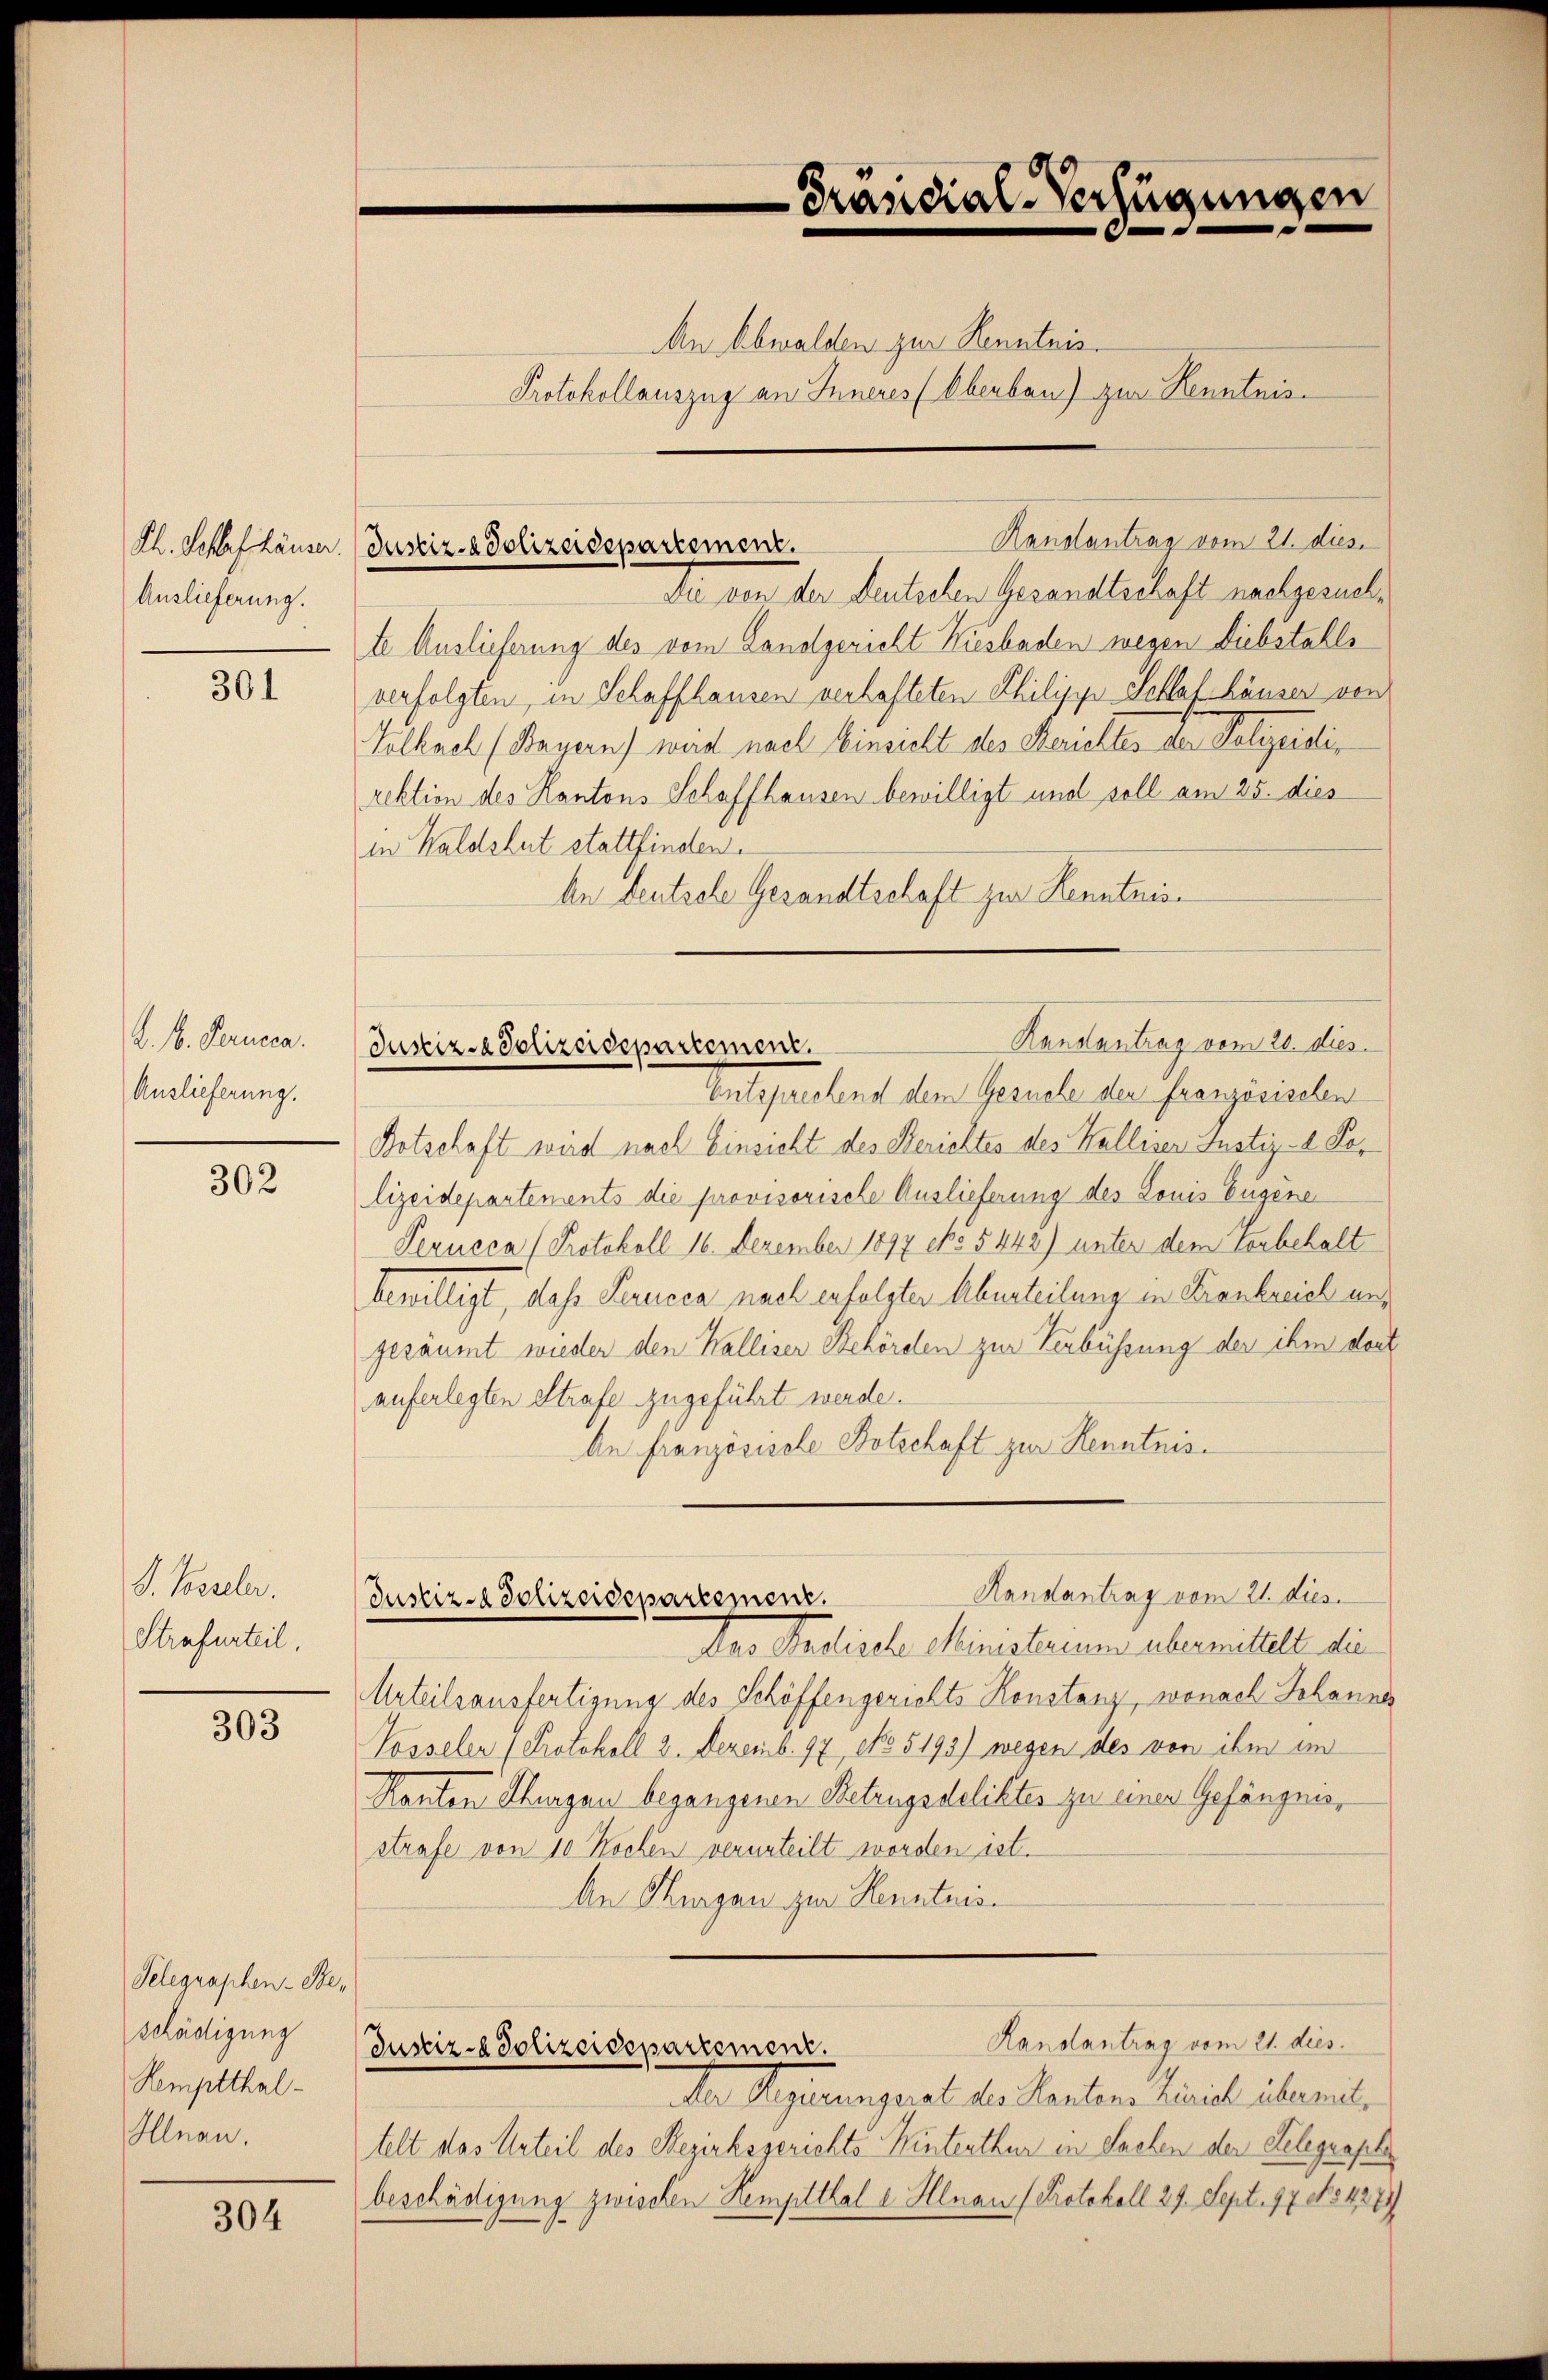
Auslieferung.

301

L. b. Gerucca.
Auslieferung.

302

S. Posseler.
Strafurteil.

303

Telegraphen-Beschädigung
Kemptthal¬
Illnau

304

-Präsidial-Verfügungen

An Obwalden zur Kenntnis.
Der von der Fuchschen Gesandtschaft nachgemelte Auslieferung des vom Landgericht Kiesbaden wegen Diebstalls
verfolgten, in Schaffhausen verlasteten Philipp Schlaf häuser von
Velkack (Bayern) war nach Einsicht des Berichtes der Polizeidirektion des Kantons Schaffhausen bewilligt und soll am 25. dies
in Waldshut stattfinden.
An Deutsche Gesandtschaft zur Kenntnis¬
Kansantrag vom 20. dies
Justiz- & Polizeidepartement.
Entsprechend dem Gesuche den französischen
Botschaft wird nach Einsicht des Serichtes des Walliser Justiz- u. Kolizeidepartements die provisorische Auslieferung des Louis Eugene
Perucca (Protokoll 16. Dezember 1897 eko 5442) unter dem Vorbehalt
bewilligt, das Perucca nach erfolgter Aburteilung in Frankreich aus
gesäumt wieder den Walliser Behörden zur Verbüssung der ihm dort
auferlegten Strafe zugeführt werde.
An Französische Botschaft zur Kenntnis¬

Protokollauszug an Inneres (Oberbau) zur Kenntnis¬

Randantrag vom 21. dies
Ch. Schef Häuser Justiz- & Polizeidepartement.

Der Radische Ministerium übermittelt die
Urteilsausfertigung des Schöffengerichts Konstanz, wonach Johannes
Vosseler (Protokoll 2. Dezemb. 97, No 5193) wegen des von ihm im
Kanton Thurgan begangenen Betrugsdelikter zu einer Gefängnis,
strafe von 10 Kochen verurteilt worden ist.
An Thurgau zur Kenntnis
Landantrag vom 21. dies.
Justiz - Polizeidepartement.
Der Regierungsrat die Kanton Mariel übernich
telt das Urteil des Rezirksgerichts Winterthur in Sachen der Delegrapher
beschädigung zwischen Kemptthal e. Hinau (Protokoll 29. Sept. 97 No 427

Randantrag vom 21. dies
Justiz - Polizeidepartement.